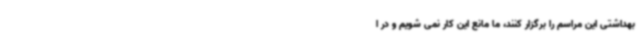
بهداشتی این مراسم را برگزار کنند، ما مانع این کار نمی شویم و در ا